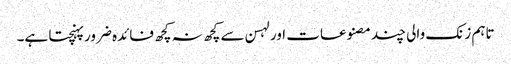
تاہم زنک والی چند مصنوعات اور لہسن سے کچھ نہ کچھ فائدہ ضرور پہنچتا ہے۔